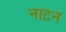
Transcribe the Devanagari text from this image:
नाटन